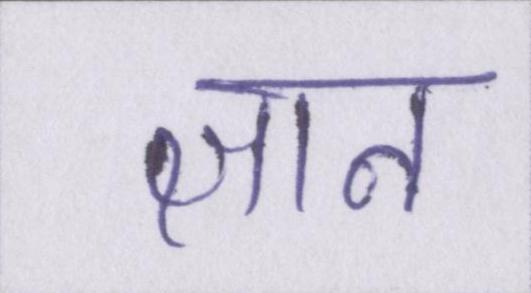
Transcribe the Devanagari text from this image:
ज्ञान